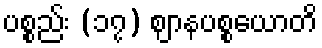
ပစ္စည်း (၁၇) ဈာနပစ္စယောတိ